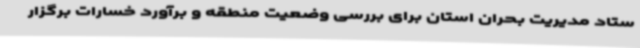
ستاد مدیریت بحران استان برای بررسی وضعیت منطقه و برآورد خسارات برگزار